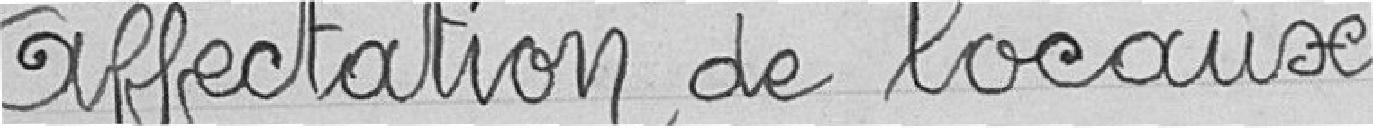
Affectation de locaux